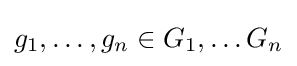
g_{1},\dots ,g_{n}\in G_{1},\dots G_{n}